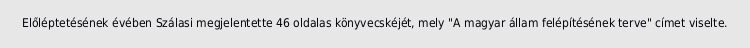
Előléptetésének évében Szálasi megjelentette 46 oldalas könyvecskéjét, mely "A magyar állam felépítésének terve" címet viselte.